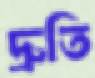
দ্রুতি